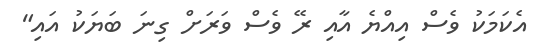
އެކަމަކު ވެސް އިއްޔެ އާއި ރޭ ވެސް ވަރަށް ގިނަ ބަޔަކު އައި"